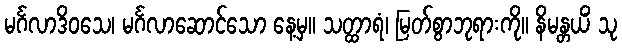
မင်္ဂလာဒိဝသေ၊ မင်္ဂလာဆောင်သော နေ့မှ။ သတ္ထာရံ၊ မြတ်စွာဘုရားကို။ နိမန္တယိံ သု